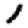
Digit: 1